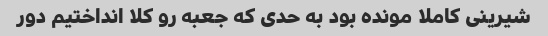
شیرینی کاملا مونده بود به حدی که جعبه رو کلا انداختیم دور